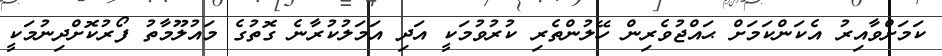
ކަމަށްވާއިރު އެކަންކަމަށް ޙައްޖުވެރިން ހޭލުންތެރި ކުރުވުމަކީ އަދި އަމަލުކުރާނެ ގޮތުގެ މައުލޫމާތު ފޯރުކޮށްދިނުމަކީ